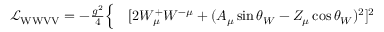
\begin{array} { r l } { { \mathcal { L } } _ { \mathrm { W W V V } } = - { \frac { g ^ { 2 } } { 4 } } { \Big \{ } } & { { } [ 2 W _ { \mu } ^ { + } W ^ { - \mu } + ( A _ { \mu } \sin \theta _ { W } - Z _ { \mu } \cos \theta _ { W } ) ^ { 2 } ] ^ { 2 } } \end{array}